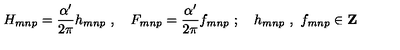
H _ { m n p } = \frac { \alpha ^ { \prime } } { 2 \pi } h _ { m n p } \ , \quad F _ { m n p } = \frac { \alpha ^ { \prime } } { 2 \pi } f _ { m n p } \ ; \quad h _ { m n p } \ , \ f _ { m n p } \in { \bf Z }